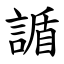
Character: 䛻